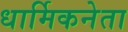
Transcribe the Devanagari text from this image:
धार्मिकनेता